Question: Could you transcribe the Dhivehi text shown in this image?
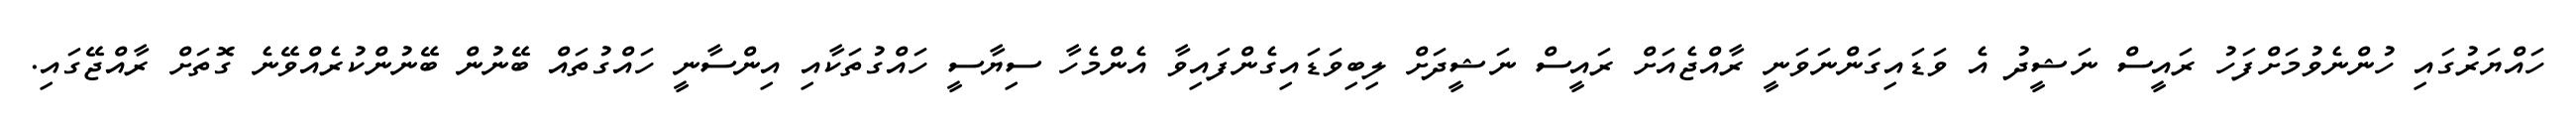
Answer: ހައްޔަރުގައި ހުންނެވުމަށްފަހު ރައީސް ނަޝީދު އެ ވަޑައިގަންނަވަނީ ރާއްޖެއަށް ރައީސް ނަޝީދަށް ލިބިވަޑައިގެންފައިވާ އެންމެހާ ސިޔާސީ ހައްގުތަކާއި އިންސާނީ ހައްގުތައް ބޭނުން ބޭނުންކުރެއްވޭނެ ގޮތަށް ރާއްޖޭގައި.